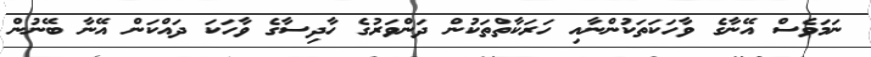
ނަމަވެސް އޭނާގެ ވާހަކަތަކުންނާއި ހަރަކާތްތަކުން ދަންވަރުގެ ހާދިސާގެ ވާހަކަ ދައްކަން އޭނާ ބޭނުން